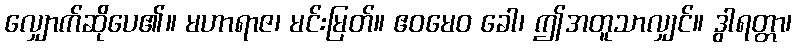
လျှောက်ဆိုပေ၏။ မဟာရာဇ၊ မင်းမြတ်။ ဧဝမေဝ ခေါ၊ ဤအတူသာလျှင်။ ဒွါရတ္တာ၊